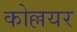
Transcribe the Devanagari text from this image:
कोल्लयर